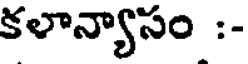
కళాన్యాసం :-